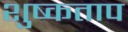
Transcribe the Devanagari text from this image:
शुष्कताप